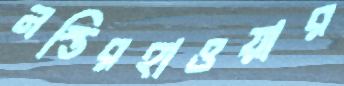
নস্তিরহাওয়ার